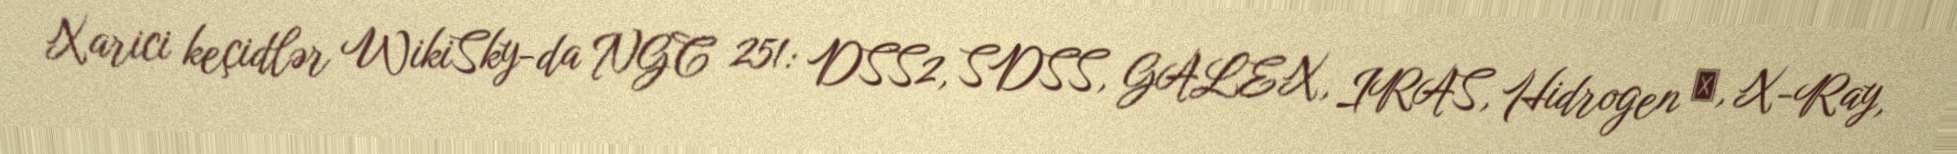
Xarici keçidlər WikiSky-da NGC 251: DSS2, SDSS, GALEX, IRAS, Hidrogen α, X-Ray,